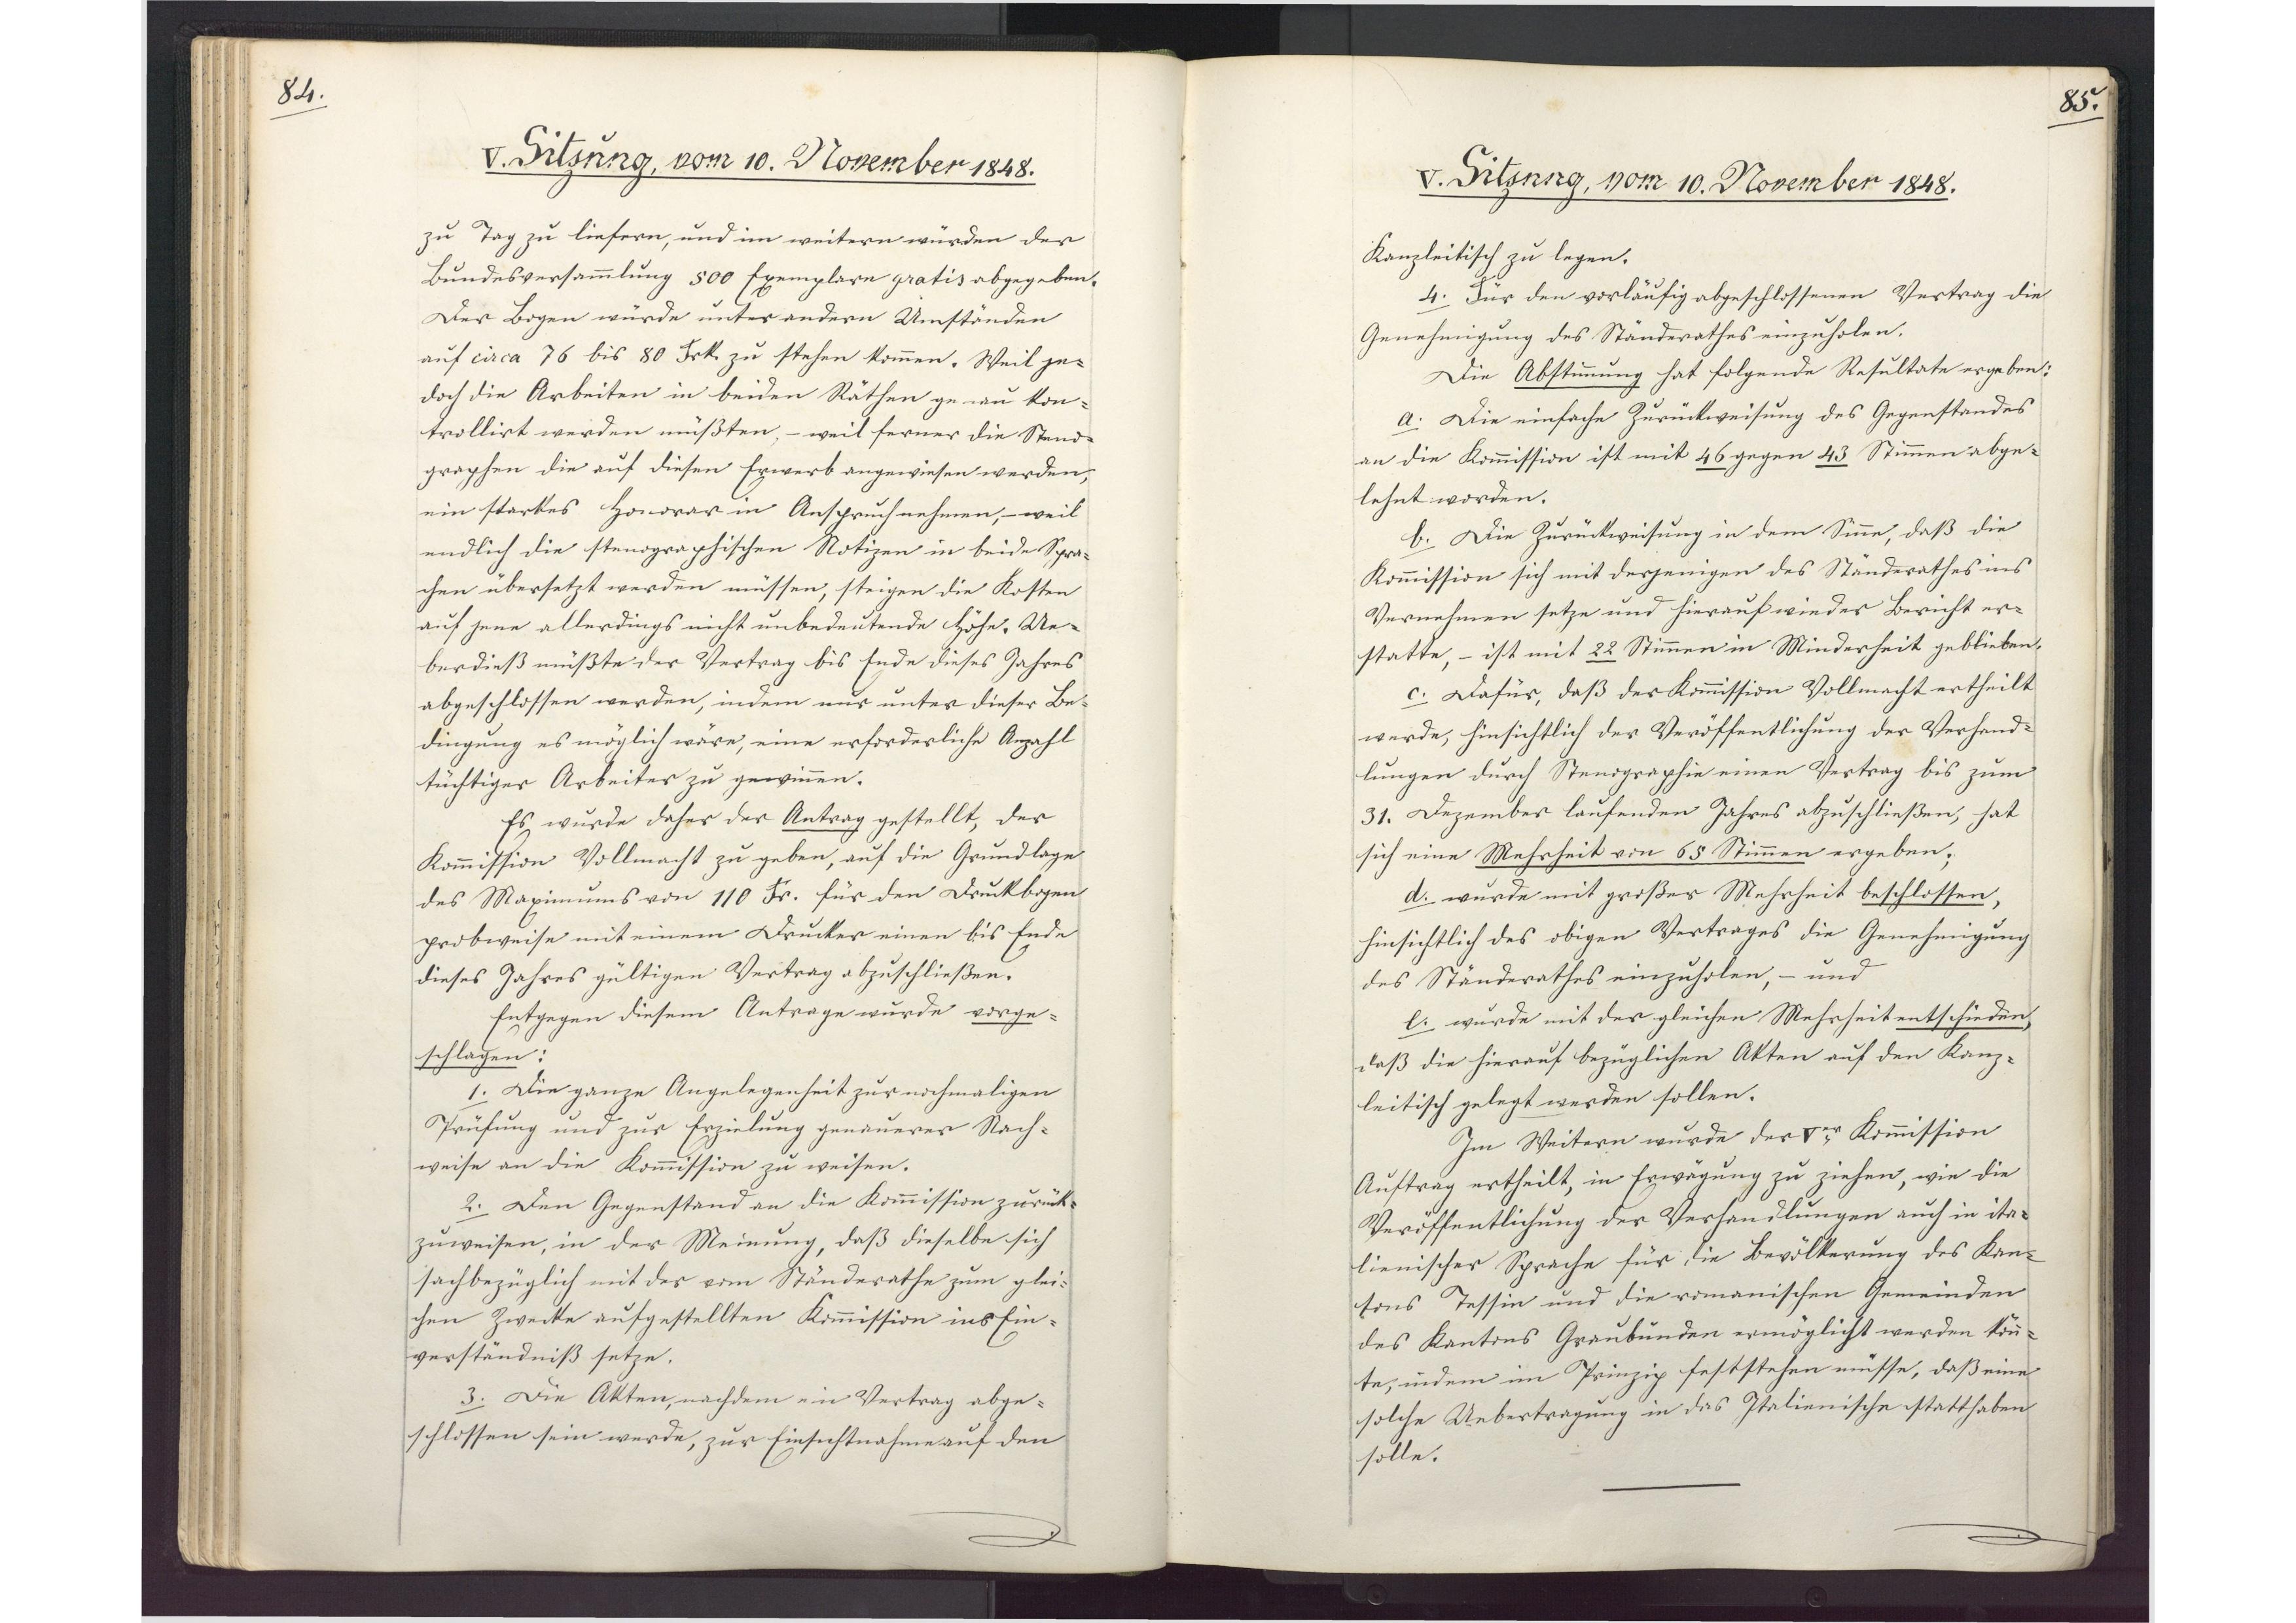
84.

V. Sitzung, vom 10 November 1848.

zu Tag zu liefern, und im weitern würden der
Bundesversammlung 500 Exemplare gratis abgegeben.
Der Bogen wurde unter andern Umständen
auf circa 76 bis 80 Frk. zu stehen kommen. Weil je¬
doch die Arbeiten in beiden Räthen genau kon¬
trollirt werden müßten, weil ferner die Stano¬
graphen die auf diesen Erwerb angewiesen werden,
ein starkes Honorar in Anspruch nehmen, weil
endlich die stenographischen Notizen in beide Spra¬
chen übersetzt werden müssen, steigen die Kosten
auf jene allerdings nicht unbedeutende Höhe. Ue¬
berdieß müßte der Vertrag bis Ende dieses Jahres
abgeschlossen werden, indem nur unter dieser Be¬
dingung es möglich wäre, eine erforderliche Anzahl
tüchtiger Arbeiter zu gewinnen.
Es wurde daher der Antrag gestellt, der
Kommission Vollmacht zu geben, auf die Grundlage
des Maximums von 110 Fr. für den Druckbogen
probweise mit einem Drucker einen bis Ende
dieses Jahres gültigen Vertrag abzuschließen.
Entgegen diesem Antrage wurde vorge¬
schlagen:
1. Die ganze Angelegenheit zur nochmaligen
Prüfung und zur Erzielung genauerer Nach¬
weise an die Kommission zu weisen.
2. Den Gegenstand an die Kommission zurück¬
zuweisen, in der Meinung, daß dieselbe sich
sachbezüglich mit der vom Ständerathe zum glei¬
chen Zwecke aufgestellten Kommission ins Ein¬
verständniß setze.
3. Die Akten, nachdem ein Vertrag abge¬
schlossen sein werde, zur Einsichtnahme auf den

85.

V. Sitzung, vom 10. November 1848.

Kanzleitisch zu legen.
4. Für den vorläufig abgeschlossenen Vertrag die
Genehmigung des Ständerathes einzuholen.
Die Abstimmung hat folgende Resultate ergeben.
a. Die einfache Zurückweisung des Gegenstandes
an die Kommission ist mit 46 gegen 43 Stimmen abge¬
lehnt worden.
b. Die Zurückweisung in dem Sinne, daß die
Kommission sich mit derjenigen des Ständerathes ins
Vernehmen setze und hierauf wieder Bericht er¬
statte, - ist mit 22 Stimmen in Minderheit geblieben.
c. Dafür, daß der Kommission Vollmacht ertheilt
werde, hinsichtlich der Veröffentlichung der Verhand¬
lungen durch Stenographie einen Vertrag bis zum
31. Dezember laufenden Jahres abzuschließen, hat
sich eine Mehrheit von 65 Stimmen ergeben;
d. wurde mit großer Mehrheit beschlossen,
hinsichtlich des obigen Vertrages die Genehmigung
des Ständerathes einzuholen, - und
e. wurde mit der gleichen Mehrheit entschieden,
daß die hierauf bezüglichen Akten auf den Kanz¬
leitisch gelegt werden sollen.
Im Weitern wurde der Ver Kommission
Auftrag ertheilt, in Erwägung zu ziehen, wie die
Veröffentlichung der Verhandlungen auch in ita¬
lienischer Sprache für die Bevölkerung des Kan¬
tons Tessin und die romanischen Gemeinden
des Kantons Graubünden ermöglicht werden könn¬
te, indem im Prinzip feststehen müsse, daß eine
solche Uebertragung in das Italienische statthaben
solle.